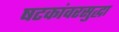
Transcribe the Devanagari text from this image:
षटकांवरसुद्धा